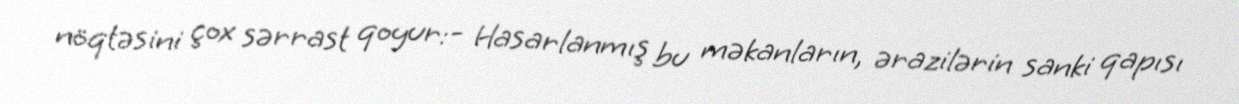
nöqtəsini çox sərrast qoyur:- Hasarlanmış bu məkanların, ərazilərin sanki qapısı